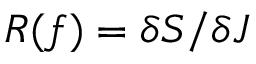
R ( f ) = \delta S / \delta J